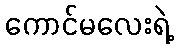
ကောင်မလေးရဲ့